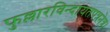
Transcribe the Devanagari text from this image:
फुल्लारविन्दायतपत्रनेत्र।